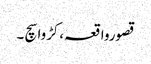
قصورواقعہ،کڑوا سچ ۔